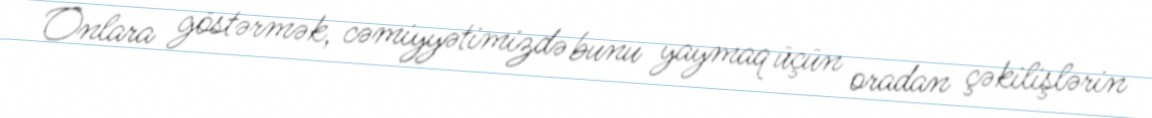
Onlara göstərmək, cəmiyyətimizdə bunu yaymaq üçün oradan çəkilişlərin